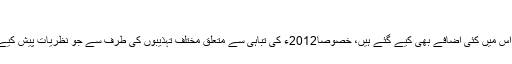
“
کتاب کا یہ ایڈیشن 2011ء کا طبع شدہ ہے اور اس میں کئی اضافے بھی کیے گئے ہیں، خصوصاً2012ء کی تباہی سے متعلق مختلف تہذیبوں کی طرف سے جو نظریات پیش کیے جارہے تھے اس پر بھی گفت گو کی گئی ہے۔